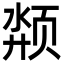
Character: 颒